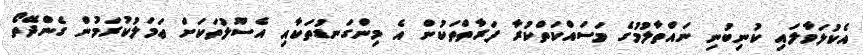
އެކުލަވާލައި ކުނިބުނި ނައްތާލުމުގެ މަސައްކަތްކުރާ ފަރާތްތަކުން އެ މިންގަނޑުތަކާއި އެސޫލުތަކަށް ޢަމަލުކުރަމުން ގެންދޭތޯ